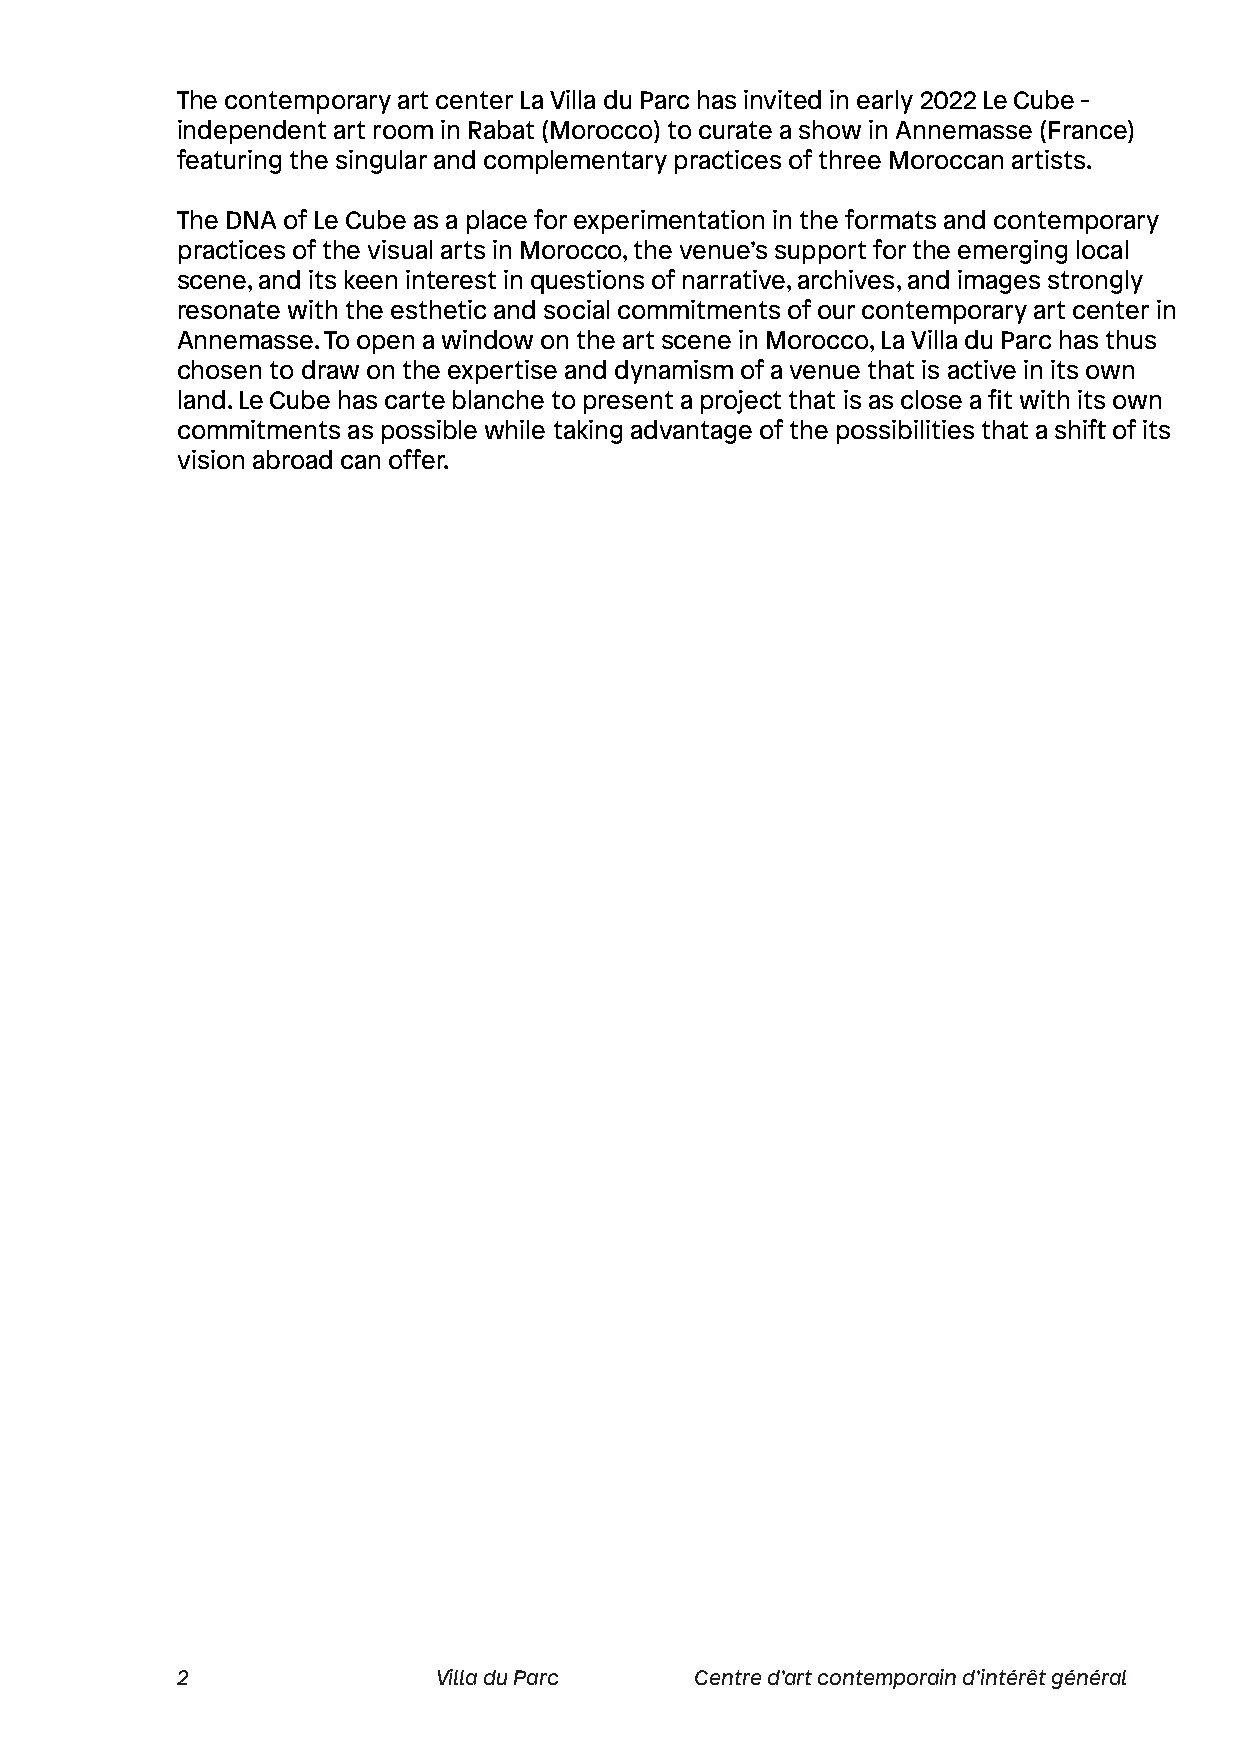
The contemporary art center La Villa du Parc has invited in early 2022 Le Cube -
 independent art room in Rabat (Morocco) to curate a show in Annemasse (France)
 featuring the singular and complementary practices of three Moroccan artists.
 The DNA of Le Cube as a place for experimentation in the formats and contemporary
 practices of the visual arts in Morocco, the venue’s support for the emerging local
 scene, and its keen interest in questions of narrative, archives, and images strongly
 resonate with the esthetic and social commitments of our contemporary art center in
 Annemasse. To open a window on the art scene in Morocco, La Villa du Parc has thus
 chosen to draw on the expertise and dynamism of a venue that is active in its own
 land. Le Cube has carte blanche to present a project that is as close a fit with its own
 commitments as possible while taking advantage of the possibilities that a shift of its
 vision abroad can offer.
 2                Villa du Parc    Centre d’art contemporain d’intérêt général